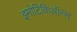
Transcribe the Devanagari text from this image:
इमोटिकिऑन्स